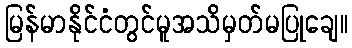
မြန်မာနိုင်ငံတွင်မူအသိမှတ်မပြုချေ။